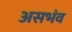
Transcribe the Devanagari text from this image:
असभंव